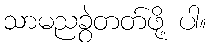
သာမညခွဲတတ်ဖို့ ပါ။